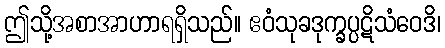
ဤသို့အစာအာဟာရရှိသည်။ ဧဝံသုခဒုက္ခပ္ပဋိသံဝေဒိ၊